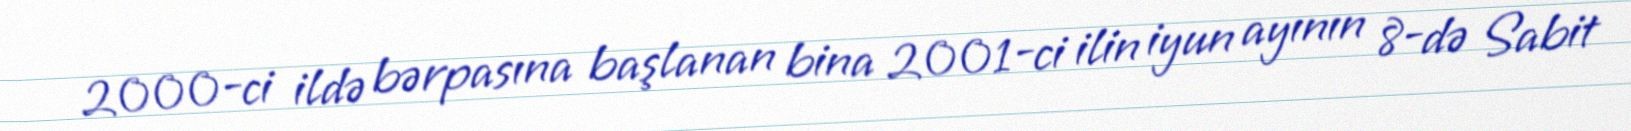
2000-ci ildə bərpasına başlanan bina 2001-ci ilin iyun ayının 8-də Sabit